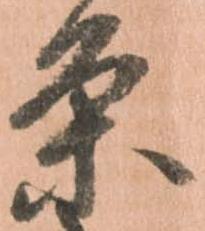
条